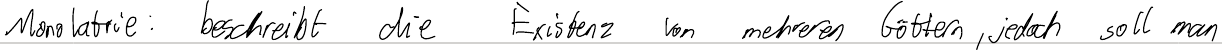
Monolatrie: beschreibt die Existenz von mehreren Göttern, jedoch soll man